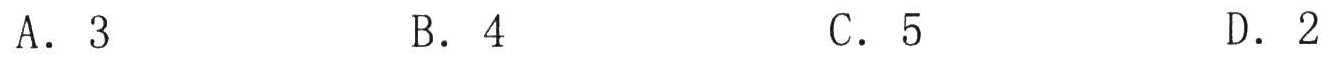
A. \(3\)  B. \(4\)  C. \(5\)  D. \(2\)